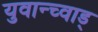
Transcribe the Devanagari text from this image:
युवान्च्वाड्